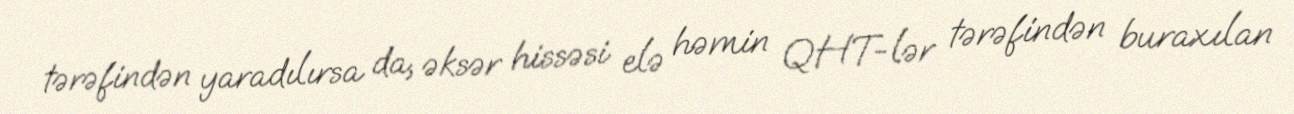
tərəfindən yaradılırsa da, əksər hissəsi elə həmin QHT-lər tərəfindən buraxılan